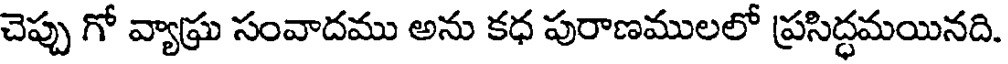
చెప్పు గో వ్యాఘ్ర సంవాదము అను కధ పురాణములలో ప్రసిద్ధమయినది.